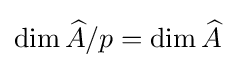
\dim {\widehat {A}}/p=\dim {\widehat {A}}